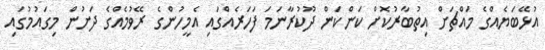
އުޅޭބަޔެއްގެ މައްޗަށް އިތުބާރުކޮށް ކަންކަން ދޫކުރާނަމަ ފަހަރެއްގައި އެމީހުންގެ ރޭވުމެއްގެ ދަށުން މިގައުމުގައި